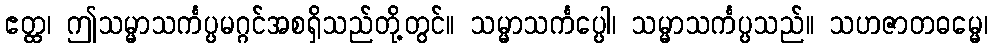
ဧတ္ထ၊ ဤသမ္မာသင်္ကပ္ပမဂ္ဂင်အစရှိသည်တို့တွင်။ သမ္မာသင်္ကပ္ပေါ၊ သမ္မာသင်္ကပ္ပသည်။ သဟဇာတဓမ္မေ၊